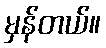
မှန်တယ်။